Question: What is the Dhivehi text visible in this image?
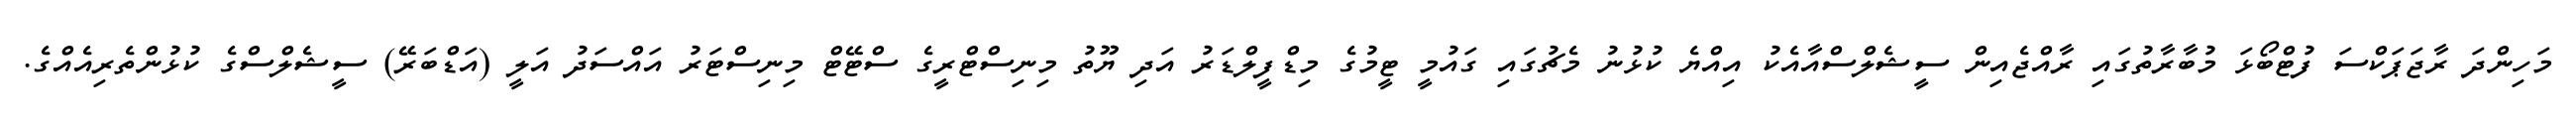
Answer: މަހިންދަ ރާޖަޕަކްސަ ފުޓްބޯޅަ މުބާރާތުގައި ރާއްޖެއިން ސީޝެލްސްއާއެކު އިއްޔެ ކުޅުނު މެޗުގައި ގައުމީ ޓީމުގެ މިޑްފީލްޑަރު އަދި ޔޫތު މިނިސްޓްރީގެ ސްޓޭޓް މިނިސްޓަރު އައްސަދު އަލީ (އަޑްބަރޭ) ސީޝެލްސްގެ ކުޅުންތެރިއެއްގެ.